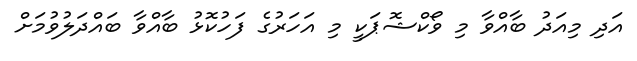
އަދި މިއަދު ބާއްވާ މި ވޯކްޝޮޕަކީ މި އަހަރުގެ ފަހުކޮޅު ބާއްވާ ބައްދަލުވުމަށް